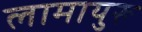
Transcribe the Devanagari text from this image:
लामायुरू